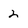
Character: 2